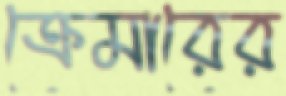
ক্রেমারের